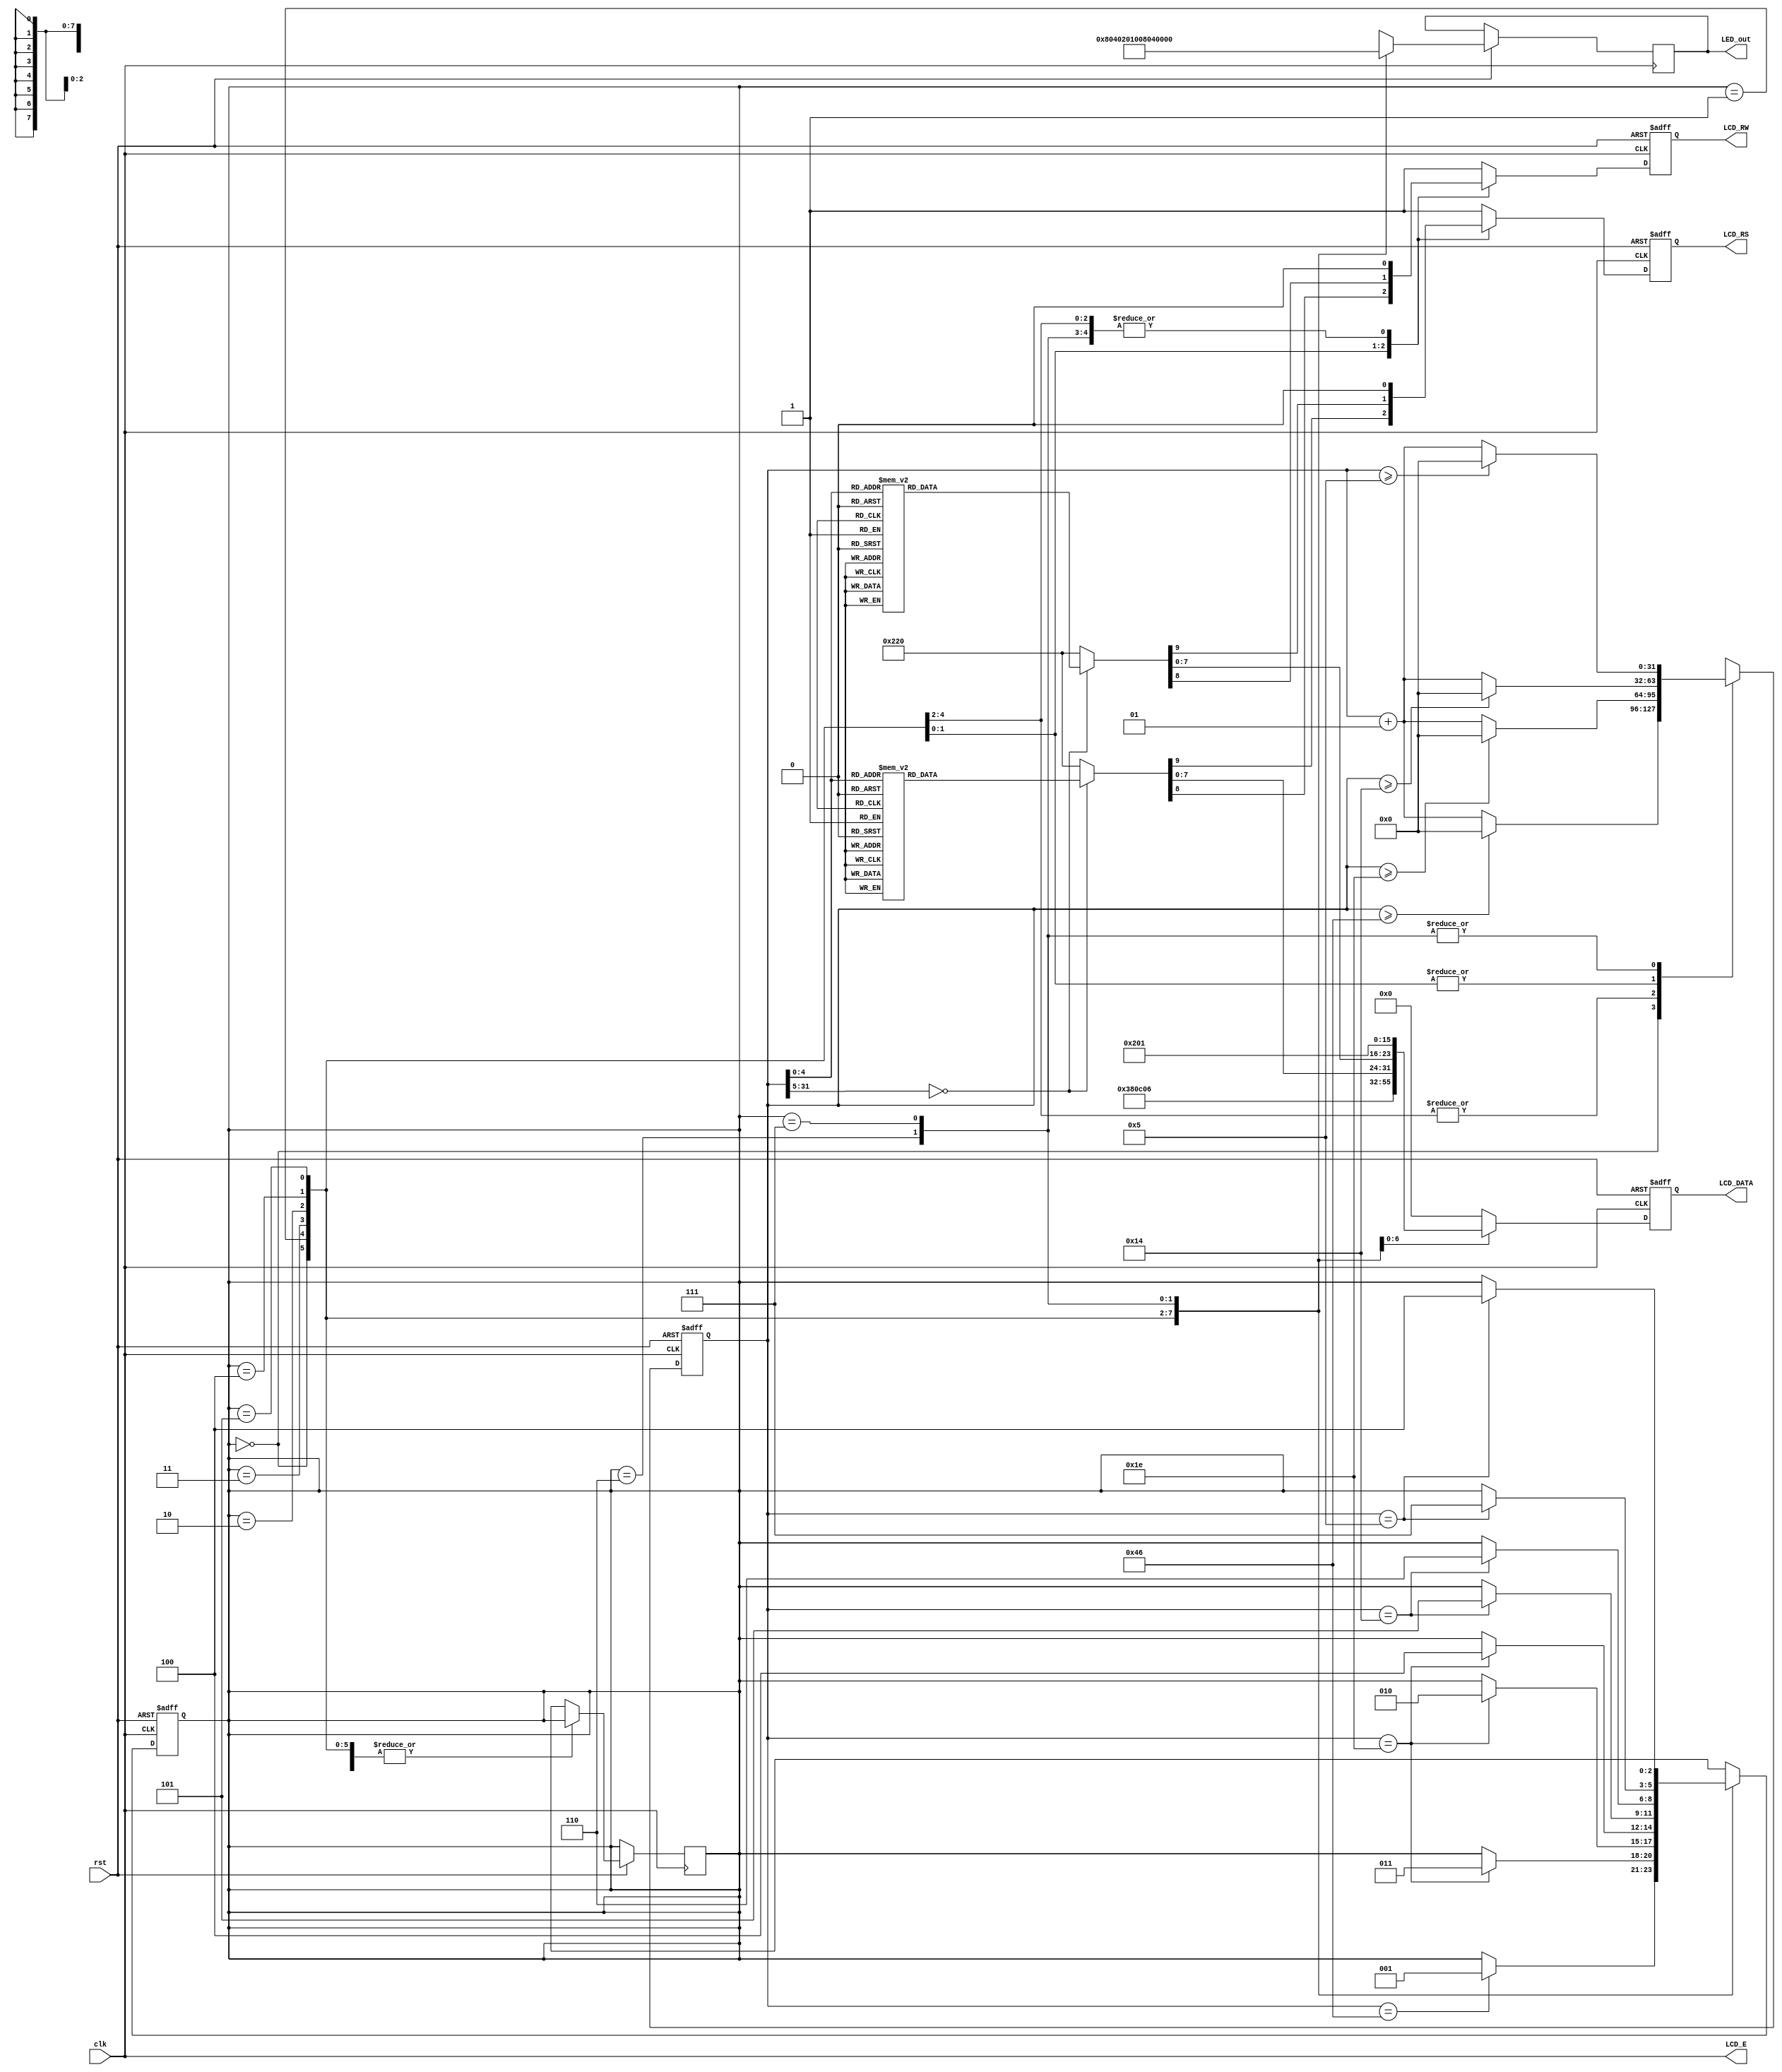
module text_LCD_basic(rst, clk, LCD_E, LCD_RS, LCD_RW, LCD_DATA, LED_out);

input rst, clk;

output LCD_E, LCD_RS, LCD_RW;
output reg [7:0] LCD_DATA;
output reg [7:0] LED_out;

wire LCD_E;
reg LCD_RS, LCD_RW;

reg [2:0] state;
parameter DELAY = 3'b000,
          FUNCTION_SET = 3'b001,
          ENTRY_MODE   = 3'b010,
          DISP_ONOFF   = 3'b011,
          LINE1        = 3'b100,
          LINE2        = 3'b101,
          DELAY_T      = 3'b110,
          CLEAR_DISP   = 3'b111;

integer cnt;
          
always @(posedge clk or negedge rst) 
begin
    if(!rst)
        state = DELAY;
    else
    begin
        case(state)
            DELAY : begin
                LED_out = 8'b1000_0000;
                if(cnt == 70) state = FUNCTION_SET;
            end
            FUNCTION_SET : begin
                LED_out = 8'b0100_0000;
                if(cnt == 30) state = DISP_ONOFF;
            end
            DISP_ONOFF : begin
                LED_out = 8'b0010_0000;
                if(cnt == 30) state = ENTRY_MODE;
            end
            ENTRY_MODE : begin
                LED_out = 8'b0001_0000;
                if(cnt == 30) state = LINE1;
            end
            LINE1 : begin
                LED_out = 8'b0000_1000;
                if(cnt == 20) state = LINE2;
            end
            LINE2 : begin
                LED_out = 8'b0000_0100;
                if(cnt == 20) state = DELAY_T;
            end
            DELAY_T : begin
                LED_out = 8'b0000_0010;
                if(cnt == 5) state = CLEAR_DISP;
            end
            CLEAR_DISP : begin
                LED_out = 8'b0000_0001;
                if(cnt == 5) state = LINE1;
            end
            default : state = DELAY;
        endcase
    end
end

always @(posedge clk or negedge rst) 
begin
    if(!rst)
        cnt = 0;
    else begin
        case(state)
            DELAY :
                if(cnt >= 70) cnt = 0;
                else cnt = cnt + 1;
            FUNCTION_SET :
                if(cnt >= 30) cnt = 0;
                else cnt = cnt + 1;
            DISP_ONOFF :
                if(cnt >= 30) cnt = 0;
                else cnt = cnt + 1;
            ENTRY_MODE :
                if(cnt >= 30) cnt = 0;
                else cnt = cnt + 1;
            LINE1 :
                if(cnt >= 20) cnt = 0;
                else cnt = cnt + 1;
            LINE2 :
                if(cnt >= 20) cnt = 0;
                else cnt = cnt + 1;
            DELAY_T :
                if(cnt >= 5) cnt = 0;
                else cnt = cnt + 1;
            CLEAR_DISP :
                if(cnt >= 5) cnt = 0;
                else cnt = cnt + 1;
            default : state = DELAY;
        endcase
    end
end      

         
always @(posedge clk or negedge rst) 
begin
    if(!rst)
        {LCD_RS, LCD_RW, LCD_DATA} = 10'b1_1_00000000;
    else begin  
        case(state)
            FUNCTION_SET :
                {LCD_RS, LCD_RW, LCD_DATA} = 10'b0_0_0011_1000;
            DISP_ONOFF :
                {LCD_RS, LCD_RW, LCD_DATA} = 10'b0_0_0000_1100;
            ENTRY_MODE :
                {LCD_RS, LCD_RW, LCD_DATA} = 10'b0_0_0000_0110;
            LINE1 :
                begin
                     case(cnt)
                        00 : {LCD_RS, LCD_RW, LCD_DATA} = 10'b0_0_1000_0000;
                        01 : {LCD_RS, LCD_RW, LCD_DATA} = 10'b1_0_0010_0000; //
                        02 : {LCD_RS, LCD_RW, LCD_DATA} = 10'b1_0_0100_1000; // H
                        03 : {LCD_RS, LCD_RW, LCD_DATA} = 10'b1_0_0100_0101; // E
                        04 : {LCD_RS, LCD_RW, LCD_DATA} = 10'b1_0_0100_1100; // L
                        05 : {LCD_RS, LCD_RW, LCD_DATA} = 10'b1_0_0100_1100; // L
                        06 : {LCD_RS, LCD_RW, LCD_DATA} = 10'b1_0_0100_1111; // O
                        07 : {LCD_RS, LCD_RW, LCD_DATA} = 10'b1_0_0010_0000; // 
                        08 : {LCD_RS, LCD_RW, LCD_DATA} = 10'b1_0_0101_0111; // W
                        09 : {LCD_RS, LCD_RW, LCD_DATA} = 10'b1_0_0100_1111; // O
                        10 : {LCD_RS, LCD_RW, LCD_DATA} = 10'b1_0_0101_0010; // R
                        11 : {LCD_RS, LCD_RW, LCD_DATA} = 10'b1_0_0100_1100; // L
                        12 : {LCD_RS, LCD_RW, LCD_DATA} = 10'b1_0_0100_0100; // D
                        13 : {LCD_RS, LCD_RW, LCD_DATA} = 10'b1_0_0010_0001; // !
                        14 : {LCD_RS, LCD_RW, LCD_DATA} = 10'b1_0_0010_0000; //
                        15 : {LCD_RS, LCD_RW, LCD_DATA} = 10'b1_0_0010_0000; //
                        16 : {LCD_RS, LCD_RW, LCD_DATA} = 10'b1_0_0010_0000; //
                        default : {LCD_RS, LCD_RW, LCD_DATA} = 10'b1_0_0010_0000; //
                     endcase
                end
            LINE2 :
                begin
                     case(cnt)
                        00 : {LCD_RS, LCD_RW, LCD_DATA} = 10'b0_0_1100_0000;
                        01 : {LCD_RS, LCD_RW, LCD_DATA} = 10'b1_0_0011_0010; // 2
                        02 : {LCD_RS, LCD_RW, LCD_DATA} = 10'b1_0_0011_0000; // 0
                        03 : {LCD_RS, LCD_RW, LCD_DATA} = 10'b1_0_0011_0001; // 1
                        04 : {LCD_RS, LCD_RW, LCD_DATA} = 10'b1_0_0011_0110; // 6
                        05 : {LCD_RS, LCD_RW, LCD_DATA} = 10'b1_0_0011_0100; // 4
                        06 : {LCD_RS, LCD_RW, LCD_DATA} = 10'b1_0_0011_0100; // 4
                        07 : {LCD_RS, LCD_RW, LCD_DATA} = 10'b1_0_0011_0000; // 0
                        08 : {LCD_RS, LCD_RW, LCD_DATA} = 10'b1_0_0011_0000; // 0
                        09 : {LCD_RS, LCD_RW, LCD_DATA} = 10'b1_0_0011_0011; // 3
                        10 : {LCD_RS, LCD_RW, LCD_DATA} = 10'b1_0_0011_1001; // 9
                        11 : {LCD_RS, LCD_RW, LCD_DATA} = 10'b1_0_0010_0000; // 
                        12 : {LCD_RS, LCD_RW, LCD_DATA} = 10'b1_0_0100_1110; // N
                        13 : {LCD_RS, LCD_RW, LCD_DATA} = 10'b1_0_0100_0101; // E
                        14 : {LCD_RS, LCD_RW, LCD_DATA} = 10'b1_0_0100_0011; // C
                        15 : {LCD_RS, LCD_RW, LCD_DATA} = 10'b1_0_0010_0000; //
                        16 : {LCD_RS, LCD_RW, LCD_DATA} = 10'b1_0_0010_0000; //
                        default : {LCD_RS, LCD_RW, LCD_DATA} = 10'b1_0_0010_0000; //
                     endcase
                end
            DELAY_T :    
                {LCD_RS, LCD_RW, LCD_DATA} = 10'b0_0_0000_0010;
            CLEAR_DISP :    
                {LCD_RS, LCD_RW, LCD_DATA} = 10'b0_0_0000_0001;          
            default :    
                {LCD_RS, LCD_RW, LCD_DATA} = 10'b1_1_0000_0000;   
        endcase
    end
end


assign LCD_E = clk;
            
 
endmodule